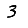
Digit: 3